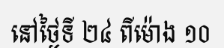
នៅថ្ងៃទី ២៤ ពីម៉ោង ១០